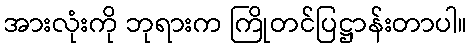
အားလုံးကို ဘုရားက ကြိုတင်ပြဋ္ဌာန်းတာပါ။